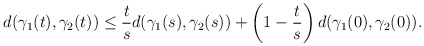
\begin{align*} d(\gamma_1(t),\gamma_2(t))&\le \frac{t}{s}d(\gamma_1(s),\gamma_2(s))+\left(1-\frac{t}{s}\right)d(\gamma_1(0),\gamma_2(0)).\end{align*}